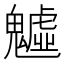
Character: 魖